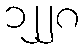
၁၂၂၈